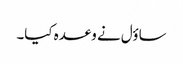
ساؤل نے وعدہ کیا۔